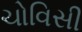
ચોવિસી